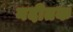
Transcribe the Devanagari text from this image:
नदीतक